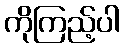
ကိုကြည့်ပါ